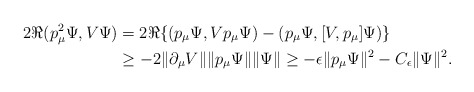
\begin{align*}2\Re(p_\mu^2\Psi,V\Psi)&=2\Re\{(p_\mu\Psi,Vp_\mu \Psi)-(p_\mu\Psi,[V,p_\mu]\Psi)\} \\&\geq -2 \| \partial_\mu V \| \|p_\mu\Psi\| \|\Psi\|\geq -\epsilon\|p_\mu\Psi\|^2 -C_\epsilon\|\Psi\|^2.\end{align*}